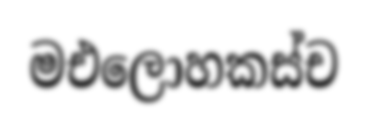
මඑලොහකස්ච